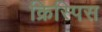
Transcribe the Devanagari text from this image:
क्रिस्पिस